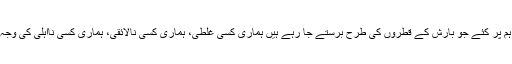
تو نے اس قدر فضل ہم پر کئے جو بارش کے قطروں کی طرح برستے جا رہے ہیں ہماری کسی غلطی، ہماری کسی نالائقی، ہماری کسی نااہلی کی وجہ سے بند نہ ہو جائیں۔